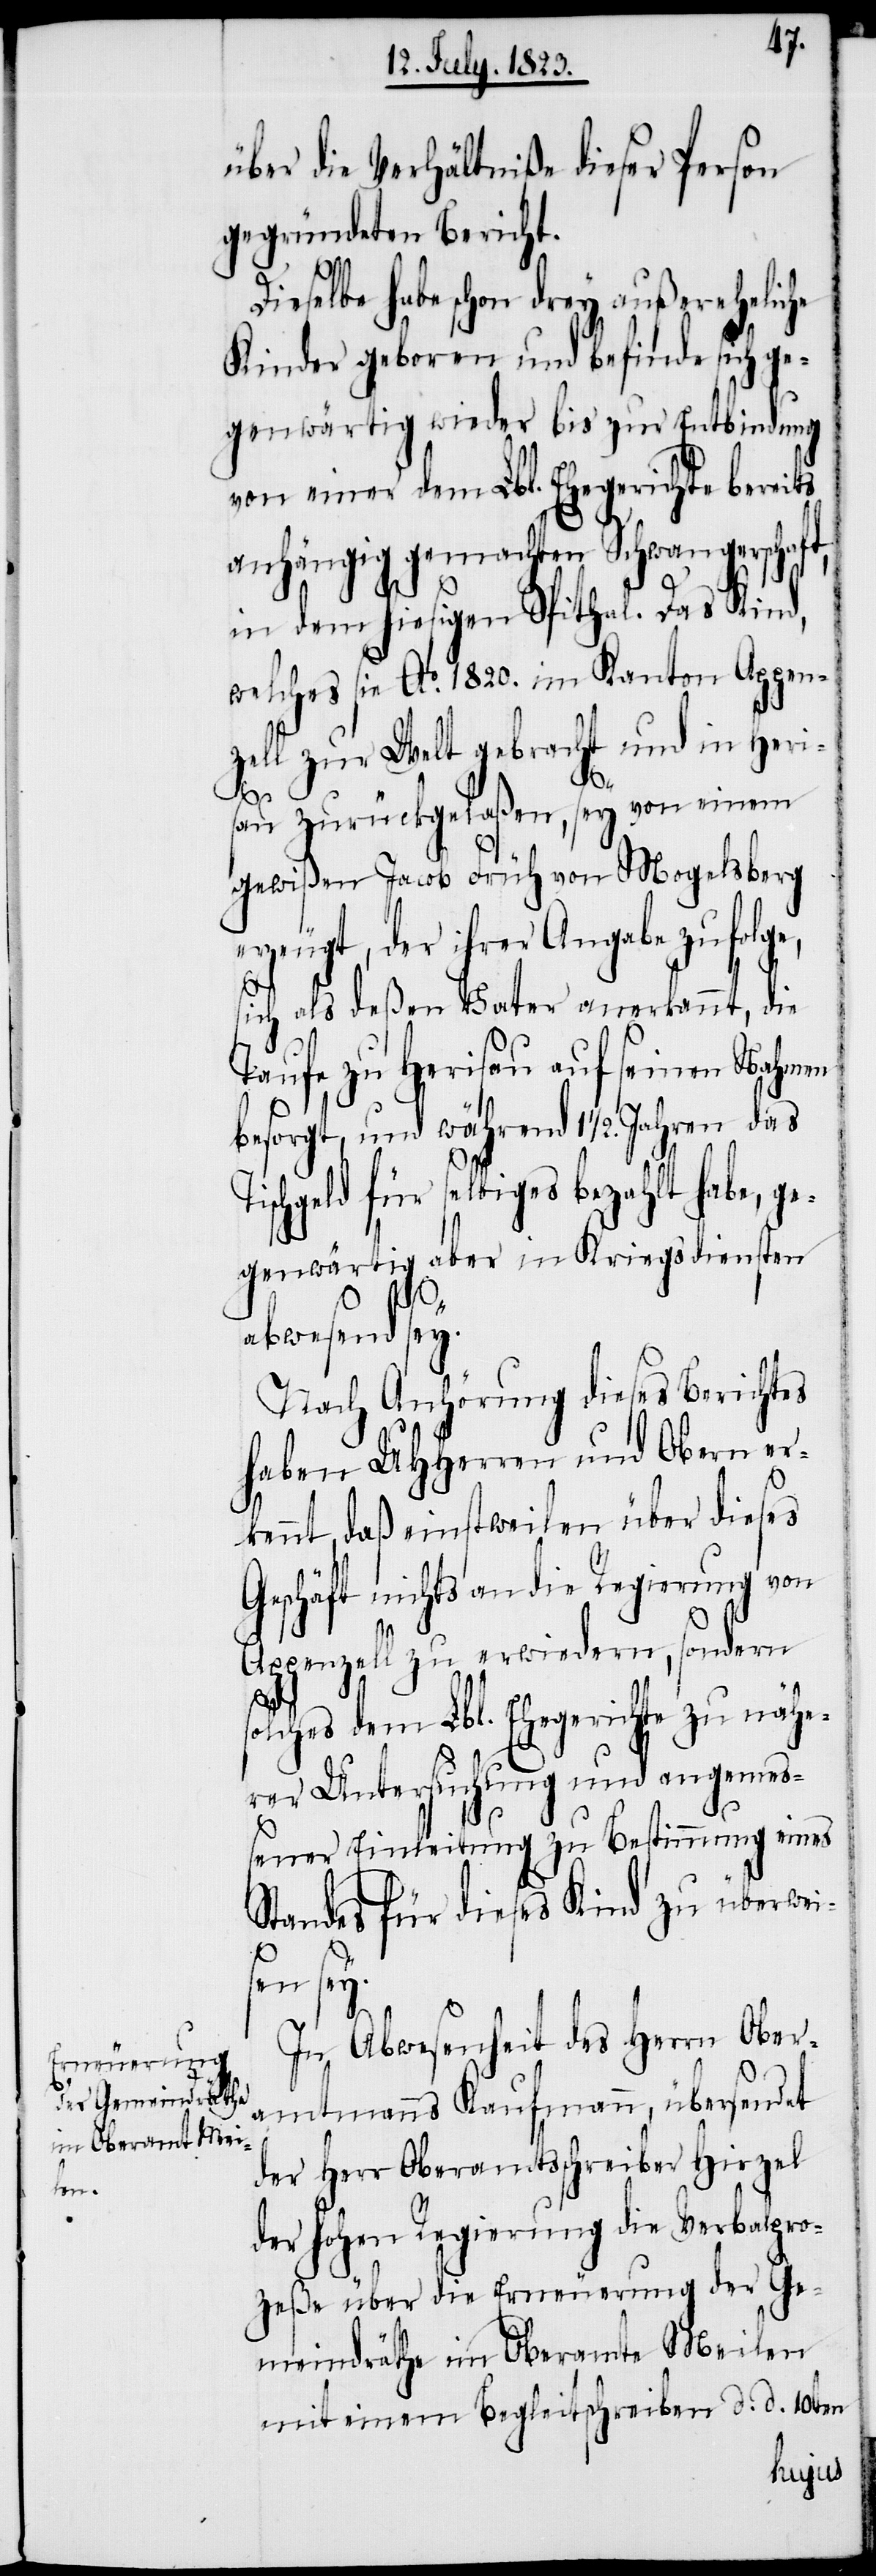
seye.

über die Verhältniße dieser Person
gegründeten Bericht.
Dieselbe habe schon drey außereheliche
Kinder geboren und befinde sich ge¬
genwärtig wieder bis zur Entbindung
von einer dem Lbl. Ehegerichte bereits
anhängig gemachten Schwangerschaft,
in dem hiesigen Spithal. Das Kind,
welches sie Ao. 1820. im Kanton Appen¬
zell zur Welt gebracht und in Her¬
au zurückgelaßen, sey von einem
gewißen Jacob Früh von Mogelsberg
erzeugt, der ihrer Angabe zufolg¬
s¬
sich als deßen Vater anerkannt, die
Taufe zu Herisau auf seinen Nahmen
besorgt, und während 1 ½. Jahren das
ischgeld für selbiges bezahlt habe, ge¬
genwärtig aber in Kriegsdiensten
Nach Anhörung dieses Berichtes
haben UHHerren und Obern er¬
kennt, daß einstweilen über dieses
Geschäft nichts an die Regierung von
Appenzell zu erwiedern, sondern
olches dem Lbl. Ehegerichte zu nähe¬
rer Untersuchung und angemeß¬
ener Einleitung zu Bestimmung eines
Standes für dieses Kind zu überwe¬
sey.
In Abwesenheit des Herrn Ober¬
amtmanns Kaufmann, übersendet
der Herr Oberamtsschreiber Hirzel
der hohen Regierung die Verbalpro¬
zeße über die Erneuerung der Ge¬
meindräthe im Oberamte Meilen
mit einem Begleitschreiben d. d. 10ten